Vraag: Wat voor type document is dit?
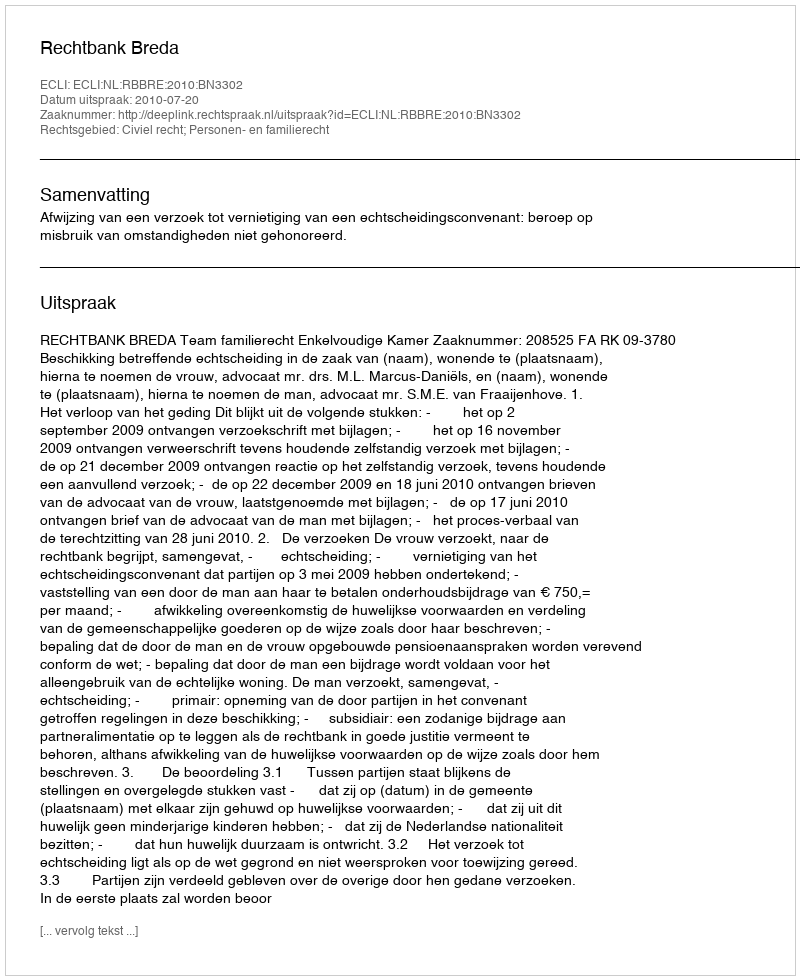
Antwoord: Uitspraak